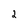
Character: 2